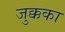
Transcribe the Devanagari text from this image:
जुक्कका